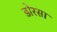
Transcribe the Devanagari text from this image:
डोरसा